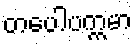
တပေါပက္ကမာ